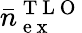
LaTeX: \bar{n}_{\mathrm{~e~x~}}^{\mathrm{~T~L~O~}}